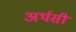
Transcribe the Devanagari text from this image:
अर्थसी